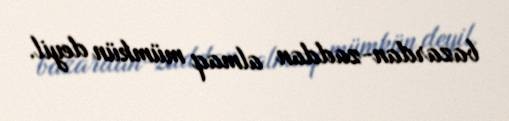
bazardan-zaddan almaq mümkün deyil.